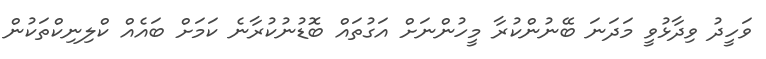
ވަހީދު ވިދާޅުވީ މަދަނަ ބޭނުންކުރާ މީހުންނަށް އަގުތައް ބޮޑުނުކުރާނެ ކަމަށް ބައެއް ކްލިނިކްތަކުން